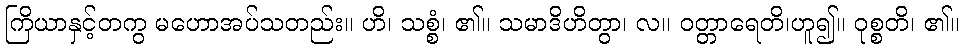
ကြိယာနှင့်တကွ မဟောအပ်သတည်း။ ဟိ၊ သစ္စံ၊ ၏။ သမာဒိဟိတွာ၊ လ။ ဝတ္တာရေတိ၊ဟူ၍။ ဝုစ္စတိ၊ ၏။